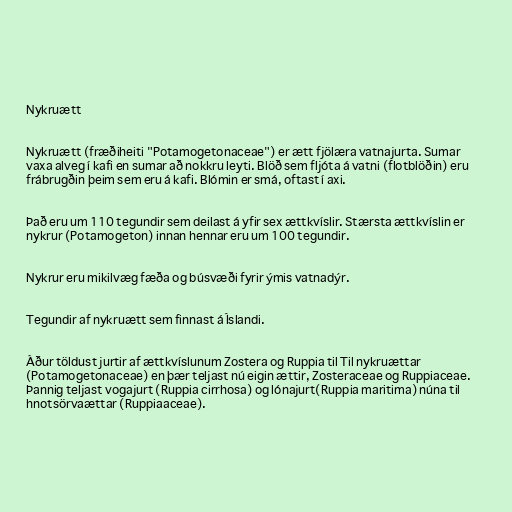
Nykruætt

Nykruætt (fræðiheiti "Potamogetonaceae") er ætt fjölæra vatnajurta. Sumar
vaxa alveg í kafi en sumar að nokkru leyti. Blöð sem fljóta á vatni (flotblöðin) eru
frábrugðin þeim sem eru á kafi. Blómin er smá, oftast í axi.

Það eru um 110 tegundir sem deilast á yfir sex ættkvíslir. Stærsta ættkvíslin er
nykrur (Potamogeton) innan hennar eru um 100 tegundir.

Nykrur eru mikilvæg fæða og búsvæði fyrir ýmis vatnadýr.

Tegundir af nykruætt sem finnast á Íslandi.

Áður töldust jurtir af ættkvíslunum Zostera og Ruppia til Til nykruættar
(Potamogetonaceae) en þær teljast nú eigin ættir, Zosteraceae og Ruppiaceae.
Þannig teljast vogajurt (Ruppia cirrhosa) og lónajurt(Ruppia maritima) núna til
hnotsörvaættar (Ruppiaaceae).